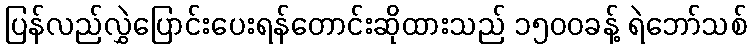
ပြန်လည်လွှဲပြောင်းပေးရန်တောင်းဆိုထားသည် ၁၅၀၀ခန့် ရဲဘော်သစ်